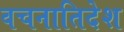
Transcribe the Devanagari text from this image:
वचनातिदेश